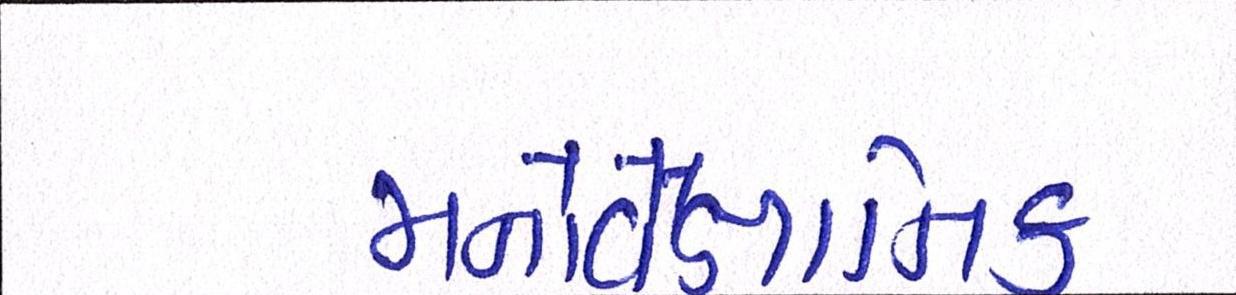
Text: મનોવૈજ્ઞાાનિક